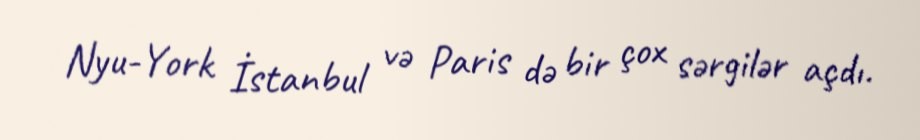
Nyu-York İstanbul və Paris də bir çox sərgilər açdı.